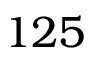
1 2 5